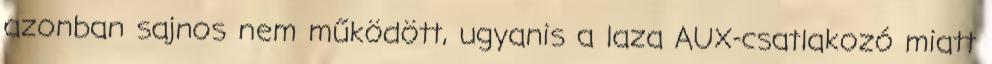
azonban sajnos nem működött, ugyanis a laza AUX-csatlakozó miatt